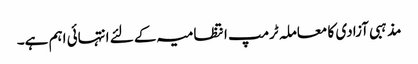
مذہبی آزادی کا معاملہ ٹرمپ انتظامیہ کے لئے انتہائی اہم ہے۔